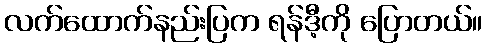
လက်ထောက်နည်းပြက ရန်ဒီ့ကို ပြောတယ်။